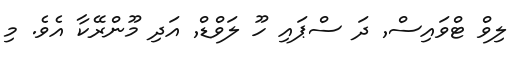
ލިވް ޓްވައިސް